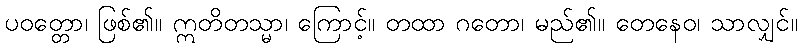
ပဝတ္တော၊ ဖြစ်၏။ ဣတိတသ္မာ၊ ကြောင့်။ တထာ ဂတော၊ မည်၏။ တေနေဝ၊ သာလျှင်။